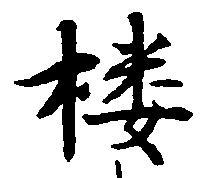
楼